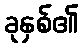
ခုနှစ်၏